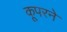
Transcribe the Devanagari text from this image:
कूपरने